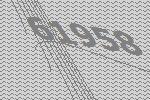
61958